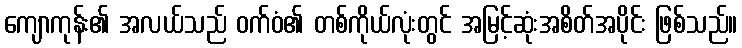
ကျောကုန်း၏ အလယ်သည် ဝက်ဝံ၏ တစ်ကိုယ်လုံးတွင် အမြင့်ဆုံးအစိတ်အပိုင်း ဖြစ်သည်။